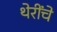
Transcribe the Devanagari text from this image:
थेरींचे